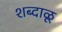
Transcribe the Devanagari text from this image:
शब्दाळू